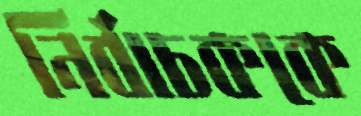
নির্বাচককে